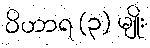
ဝိဟာရ (၃) မျိုး